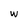
Character: w